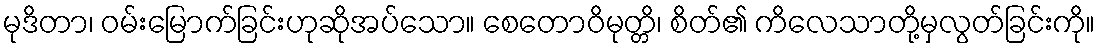
မုဒိတာ၊ ဝမ်းမြောက်ခြင်းဟုဆိုအပ်သော။ စေတောဝိမုတ္တိ၊ စိတ်၏ ကိလေသာတို့မှလွတ်ခြင်းကို။